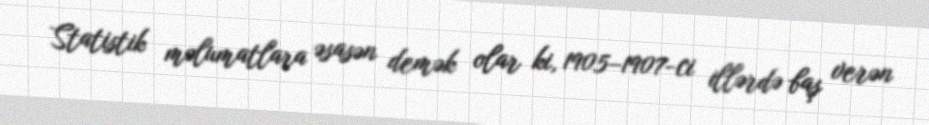
Statistik məlumatlara əsasən demək olar ki, 1905–1907-ci illərdə baş verən